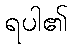
ရပါ၏